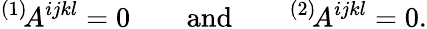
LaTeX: {}^{(1)}\! A^{ijkl}=0\qquad\mathrm{and}\qquad{}^{(2)}\! A^{ijkl}=0.